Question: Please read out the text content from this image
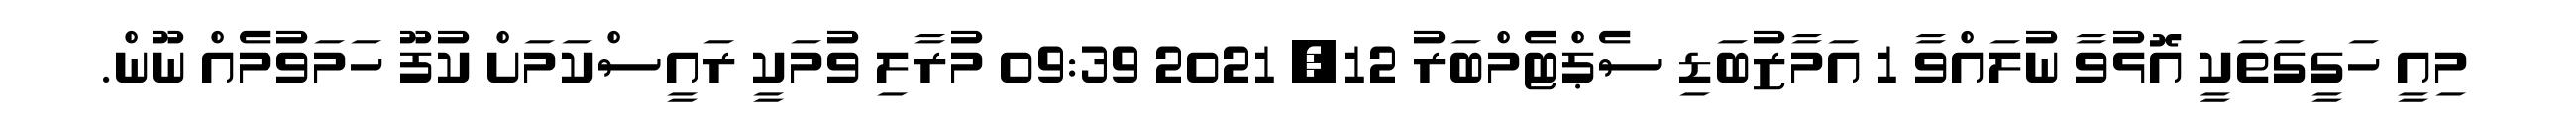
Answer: މިއީ ހަގީގަތަކީ އޮޅުވާ ނުލައްވާ 1 އަމާޒުބަޑި ސެޕްޓެމްބަރު 12, 2021 09:39 މުރާލި ވުމަކީ ރައީސްކަމަށް ކުފޫ ހަމަވުމެއް ނޫން.